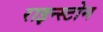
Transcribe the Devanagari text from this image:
राइन्स्टोन